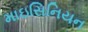
માઇસિનિયન